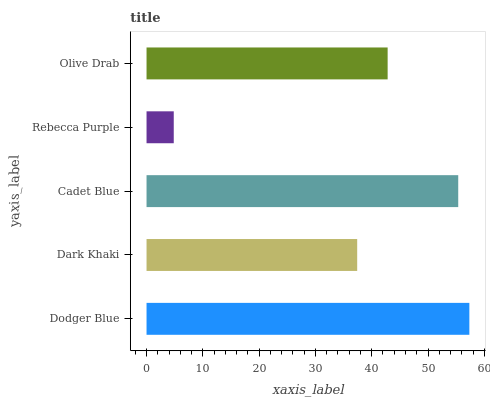
| yaxis_label | bars |
 | --- | --- |
 | Dodger Blue | 57.3 |
 | Dark Khaki | 37.4 |
 | Cadet Blue | 55.4 |
 | Rebecca Purple | 4.84 |
 | Olive Drab | 42.8 |